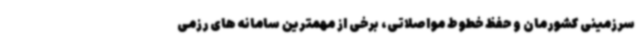
سرزمینی کشورمان و حفظ خطوط مواصلاتی، برخی از مهمترین سامانه های رزمی